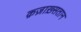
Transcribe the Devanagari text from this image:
क़ज़ाख़्सतान